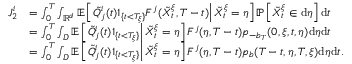
\begin{array} { r l } { J _ { 2 } ^ { i } } & { = \int _ { 0 } ^ { T } \int _ { \mathbb { R } ^ { d } } \mathbb { E } \left[ \left. \tilde { Q } _ { j } ^ { i } ( t ) 1 _ { \{ t < T _ { \xi } \} } F ^ { j } ( \tilde { X } _ { t } ^ { \xi } , T - t ) \right| \tilde { X } _ { t } ^ { \xi } = \eta \right] \mathbb { P } \left[ \tilde { X } _ { t } ^ { \xi } \in \mathrm { d } \eta \right] \mathrm { d } t } \\ & { = \int _ { 0 } ^ { T } \int _ { D } \mathbb { E } \left[ \left. \tilde { Q } _ { j } ^ { i } ( t ) 1 _ { \{ t < T _ { \xi } \} } \right| \tilde { X } _ { t } ^ { \xi } = \eta \right] F ^ { j } ( \eta , T - t ) p _ { - b _ { T } } ( 0 , \xi , t , \eta ) \mathrm { d } \eta \mathrm { d } t } \\ & { = \int _ { 0 } ^ { T } \int _ { D } \mathbb { E } \left[ \left. \tilde { Q } _ { j } ^ { i } ( t ) 1 _ { \{ t < T _ { \xi } \} } \right| \tilde { X } _ { t } ^ { \xi } = \eta \right] F ^ { j } ( \eta , T - t ) p _ { b } ( T - t , \eta , T , \xi ) \mathrm { d } \eta \mathrm { d } t . } \end{array}